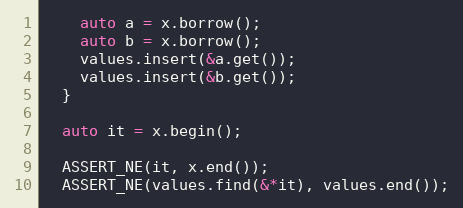
Language: C++
    auto a = x.borrow();
    auto b = x.borrow();
    values.insert(&a.get());
    values.insert(&b.get());
  }

  auto it = x.begin();

  ASSERT_NE(it, x.end());
  ASSERT_NE(values.find(&*it), values.end());